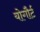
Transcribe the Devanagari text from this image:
योगौर्ट